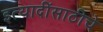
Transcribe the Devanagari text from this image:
इत्यादींसाठीचे